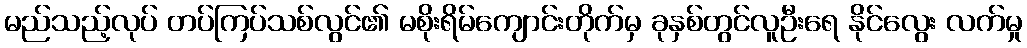
မည်သည့်လုပ် တပ်ကြပ်သစ်လွင်၏ မစိုးရိမ်ကျောင်းတိုက်မှ ခုနှစ်တွင်လူဦးရေ နိုင်လွေး လက်မှု